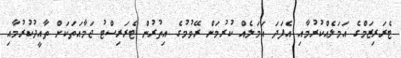
ޓެރަރިޒަމްގެ އަމަލެއްކުރުމާއި އެފަދަ އަމަލެއް ކުރުމަށް ރޭވުމުގެ އިތުރުން ޓެރަރިސްޓު ޖަމާއަތަކަށް ތާއީދުކުރުމާއި